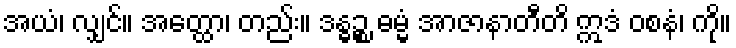
အယံ၊ လျှင်။ အတ္ထော၊ တည်း။ ဒန္ဓဉ္စ ဓမ္မံ အာဇာနာတီတိ ဣဒံ ဝစနံ၊ ကို။